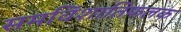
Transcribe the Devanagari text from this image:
समविंशातिफलक